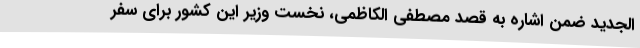
الجدید ضمن اشاره به قصد مصطفی الکاظمی، نخست وزیر این کشور برای سفر